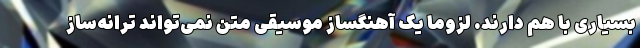
بسیاری با هم دارند. لزوما یک آهنگساز موسیقی متن نمی‌تواند ترانه‌ساز